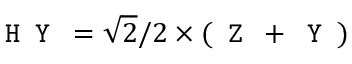
\texttt { H Y } = \sqrt { 2 } / 2 \times ( \texttt { Z } + \texttt { Y } )